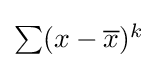
{\textstyle \sum (x-{\overline {x}})^{k}}